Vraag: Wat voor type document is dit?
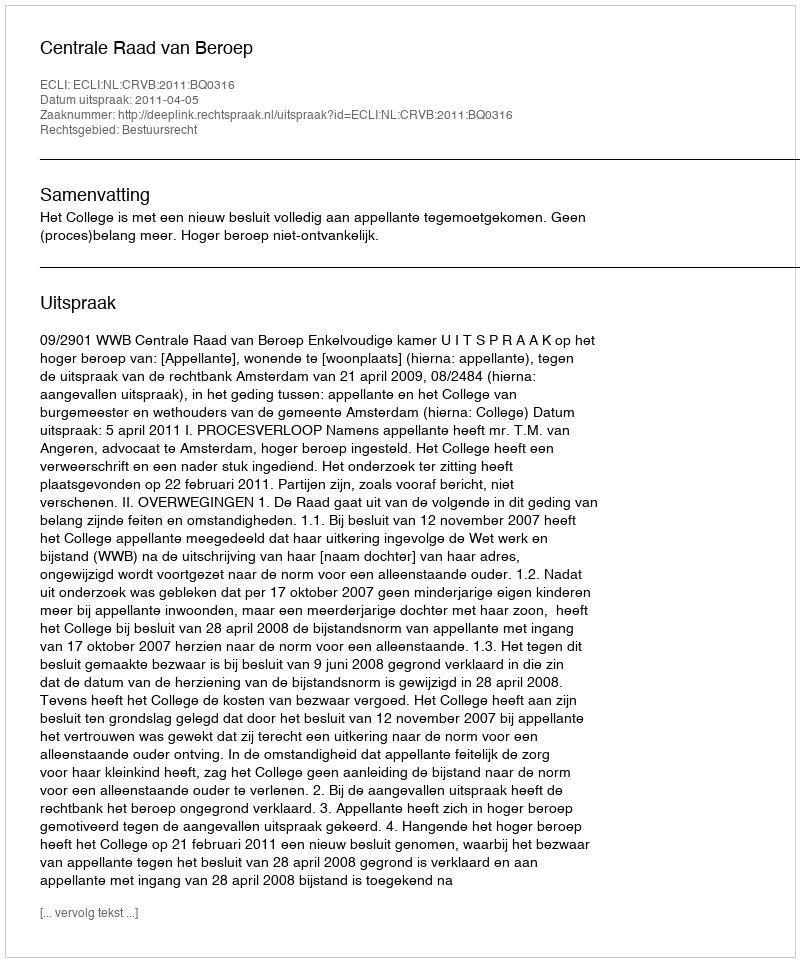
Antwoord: Uitspraak